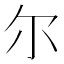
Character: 尔